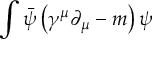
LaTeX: \int { \bar { \psi } } \left( \gamma ^ { \mu } \partial _ { \mu } - m \right) \psi